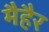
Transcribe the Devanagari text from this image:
मैहैर